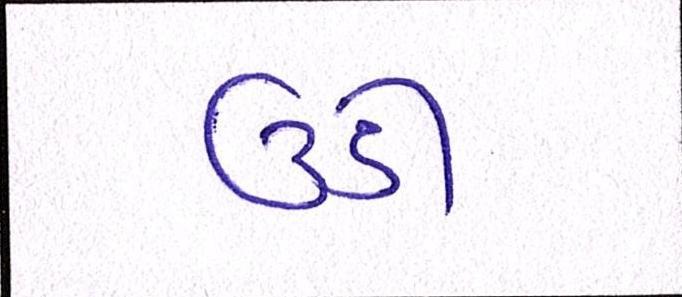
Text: ઉડી